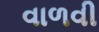
વાળવી